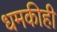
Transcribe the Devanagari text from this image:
धमकीही